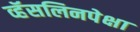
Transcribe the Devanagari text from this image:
व्हॅसलिनपेक्षा